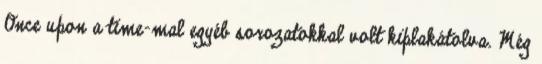
Once upon a time-mal egyéb sorozatokkal volt kiplakátolva. Még